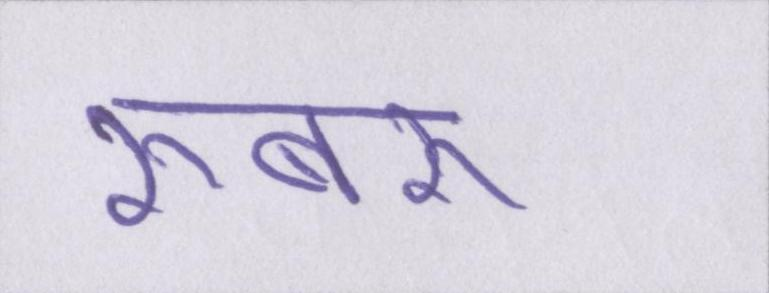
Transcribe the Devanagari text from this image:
रूबरू